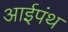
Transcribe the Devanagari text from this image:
आईपंथ